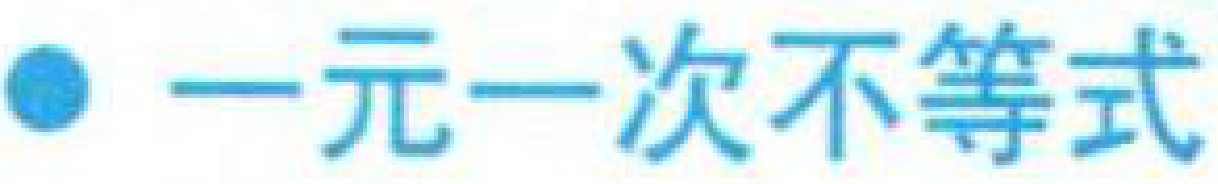
一元一次不等式